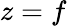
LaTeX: z=f